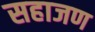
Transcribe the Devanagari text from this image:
सहाजण